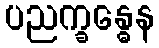
ပညက္ခန္ဓေန